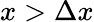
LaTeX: x>\Delta x